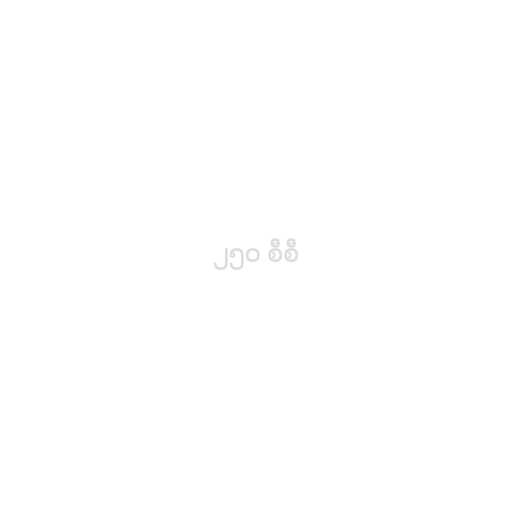
၂၅၀ စီစီ